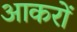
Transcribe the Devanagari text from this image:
आकरों